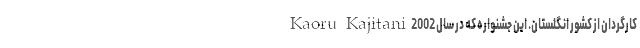
Kaoru Kajitani کارگردان از کشور انگلستان. این جشنواره که در سال 2002